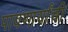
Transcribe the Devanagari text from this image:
पावणार्यांची